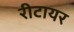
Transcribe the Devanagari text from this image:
रीटायर